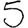
Digit: 5